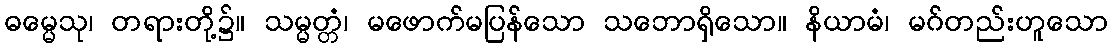
ဓမ္မေသု၊ တရားတို့၌။ သမ္မတ္တံ၊ မဖောက်မပြန်သော သဘောရှိသော။ နိယာမံ၊ မဂ်တည်းဟူသော